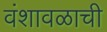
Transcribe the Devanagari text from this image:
वंशावळाची